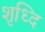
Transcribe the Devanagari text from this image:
शृध्दि